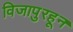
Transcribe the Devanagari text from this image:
विजापुरहून